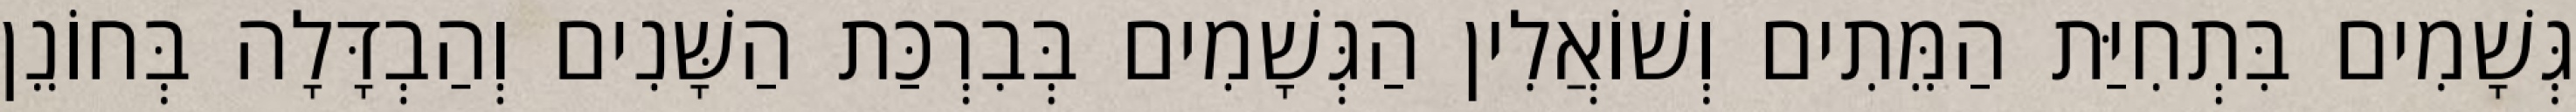
גְּשָׁמִים בִּתְחִיַּת הַמֵּתִים וְשׁוֹאֲלִין הַגְּשָׁמִים בְּבִרְכַּת הַשָּׁנִים וְהַבְדָּלָה בְּחוֹנֵן